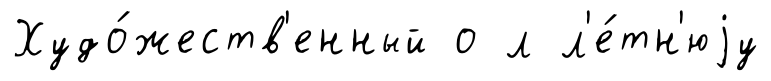
Худо́жеств'енный о л л'е́тн'юjу